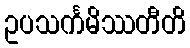
ဥပသင်္ကမိဿတီတိ